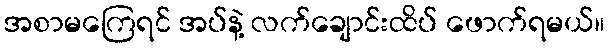
အစာမကြေရင် အပ်နဲ့ လက်ချောင်းထိပ် ဖောက်ရမယ်။